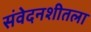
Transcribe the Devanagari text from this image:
संवेदनशीतला